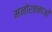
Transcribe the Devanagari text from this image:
मनोरचनाओं